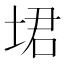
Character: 𪣣